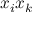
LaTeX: x _ { i } x _ { k }